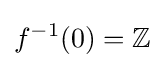
f^{-1}(0)=\mathbb {Z}